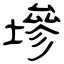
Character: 墋